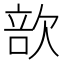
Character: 㰴